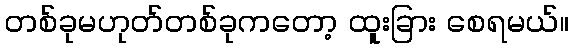
တစ်ခုမဟုတ်တစ်ခုကတော့ ထူးခြား စေရမယ်။